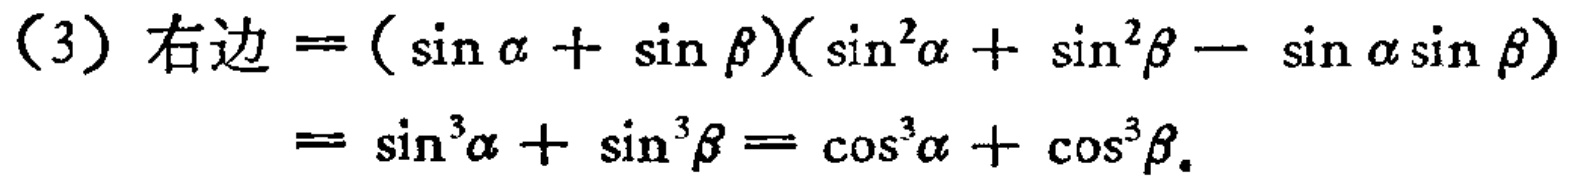
(3) 右边\(=(\sin\alpha + \sin\beta)(\sin^{2}\alpha+\sin^{2}\beta - \sin\alpha\sin\beta)\)

\(=\sin^{3}\alpha+\sin^{3}\beta=\cos^{3}\alpha+\cos^{3}\beta\)